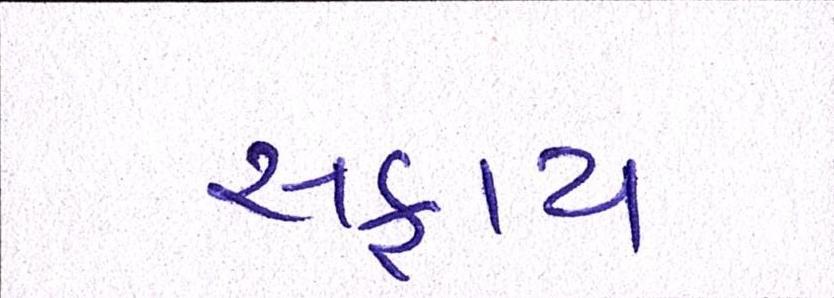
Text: સફાય